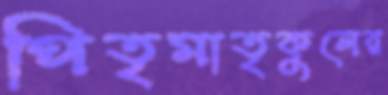
পিতৃমাতৃকুলের